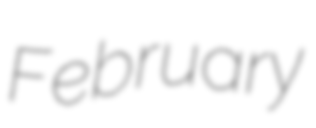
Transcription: February